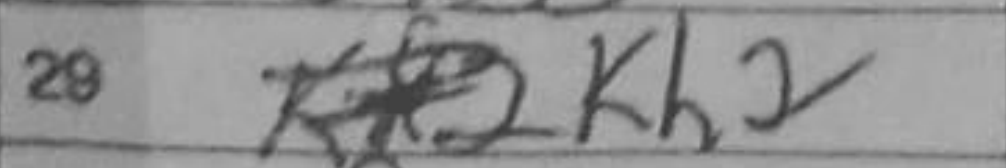
Transcription: Kh2